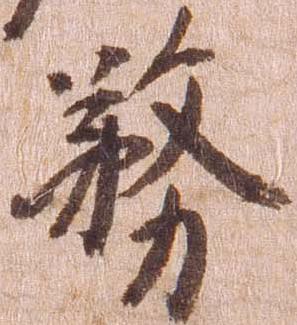
務